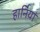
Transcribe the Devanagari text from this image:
हार्नियां